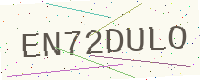
Text: EN72DULO